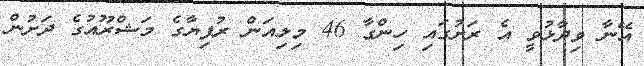
އޭނާ ވިދާޅުވީ އެ ރަށުގައި ހިންގާ 46 މިލިއަން ރުފިޔާގެ މަޝްރޫއުގެ ދަށުން